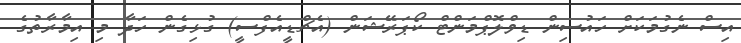
އިސް ނެގުމަކަށް ހައުސިން ޑިވްލޮޕްމަންޓް ކޯޕަރޭޝަން (އެޗްޑީއެފްސީ) ގުޅިގެން ހަދާ މި އިމާރާތުގެ